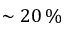
\sim 2 0 \, \%